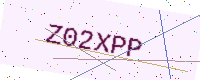
Text: Z02XPP